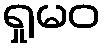
ရှုမဝ